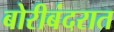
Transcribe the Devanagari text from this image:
बोरीबंदरात